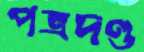
পত্রদণ্ড